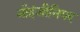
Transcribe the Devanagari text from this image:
नौइंजीनियर